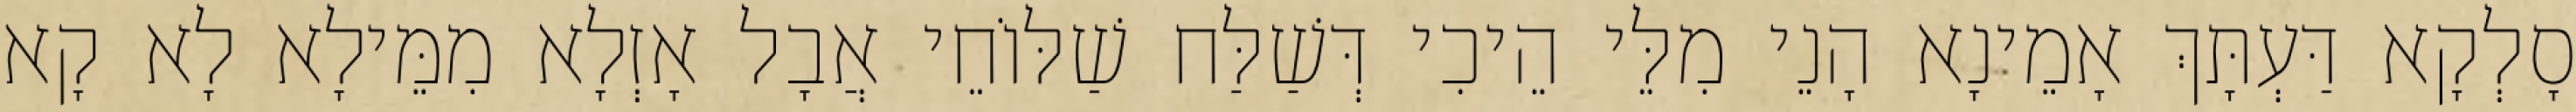
סָלְקָא דַּעְתָּךְ אָמֵינָא הָנֵי מִלֵּי הֵיכִי דְּשַׁלַּח שַׁלּוֹחֵי אֲבָל אָזְלָא מִמֵּילָא לָא קָא